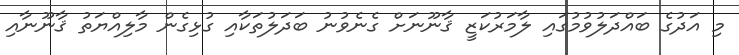
މި އަދުގެ ބައްދަލުވުމުގައި ލާމަރުކަޒީ ޤާނޫނަށް ގެނެވުނު ބަދަލުތަކާއި ގުޅިގެން މާލިއްޔަތު ޤާނޫނާއި